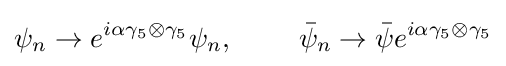
\psi _{n}\rightarrow e^{i\alpha \gamma _{5}\otimes \gamma _{5}}\psi _{n},\ \ \ \ \ \ \ {\bar {\psi }}_{n}\rightarrow {\bar {\psi }}e^{i\alpha \gamma _{5}\otimes \gamma _{5}}